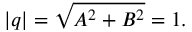
| q | = { \sqrt { A ^ { 2 } + B ^ { 2 } } } = 1 .